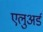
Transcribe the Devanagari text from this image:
एलुअर्ड